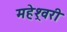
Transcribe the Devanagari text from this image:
महेश्र्वरी